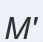
М'